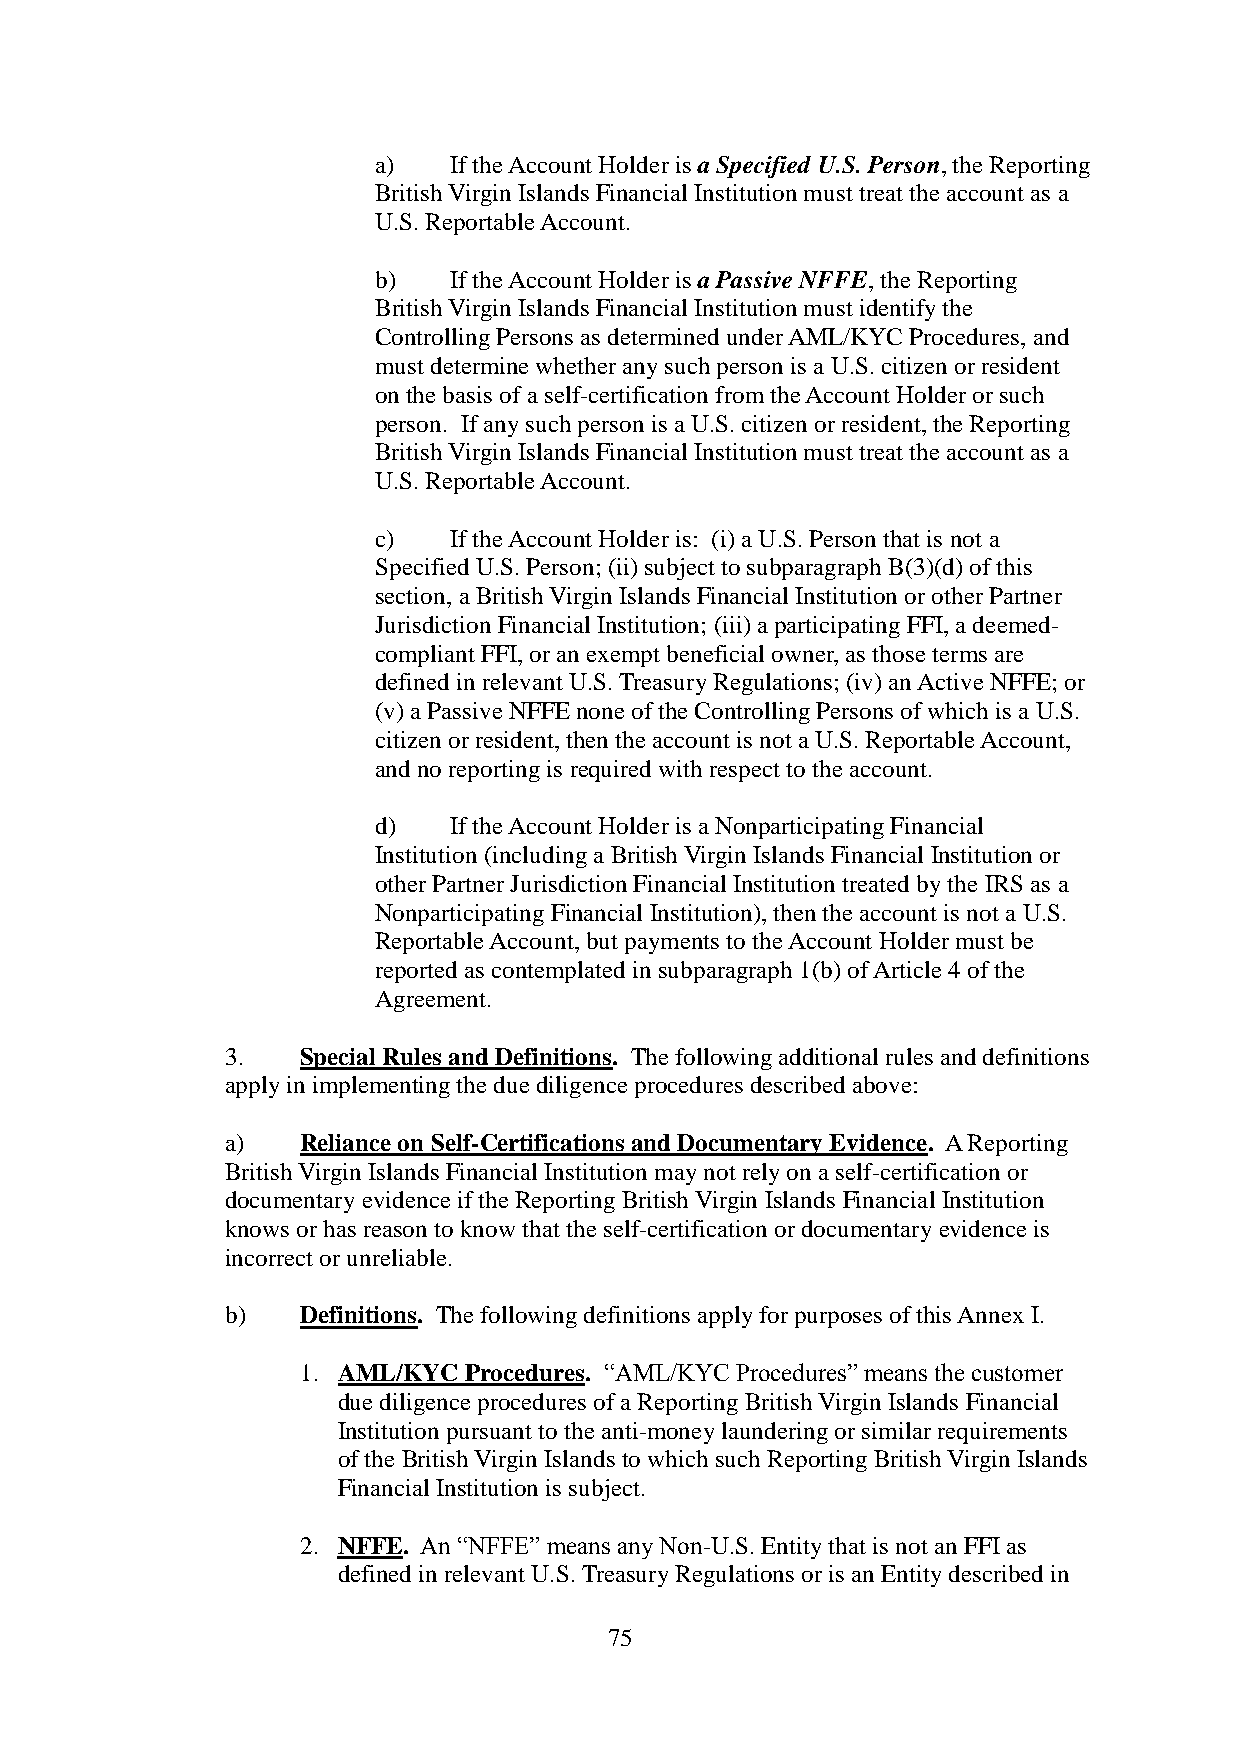
a)   If the Account Holder is a Specified U.S. Person, the Reporting
 British Virgin Islands Financial Institution must treat the account as a
 U.S. Reportable Account.
 b)   If the Account Holder is a Passive NFFE, the Reporting
 British Virgin Islands Financial Institution must identify the
 Controlling Persons as determined under AML/KYC Procedures, and
 must determine whether any such person is a U.S. citizen or resident
 on the basis of a self-certification from the Account Holder or such
 person. If any such person is a U.S. citizen or resident, the Reporting
 British Virgin Islands Financial Institution must treat the account as a
 U.S. Reportable Account.
 c)   If the Account Holder is: (i) a U.S. Person that is not a
 Specified U.S. Person; (ii) subject to subparagraph B(3)(d) of this
 section, a British Virgin Islands Financial Institution or other Partner
 Jurisdiction Financial Institution; (iii) a participating FFI, a deemed-
 compliant FFI, or an exempt beneficial owner, as those terms are
 defined in relevant U.S. Treasury Regulations; (iv) an Active NFFE; or
 (v) a Passive NFFE none of the Controlling Persons of which is a U.S.
 citizen or resident, then the account is not a U.S. Reportable Account,
 and no reporting is required with respect to the account.
 d)   If the Account Holder is a Nonparticipating Financial
 Institution (including a British Virgin Islands Financial Institution or
 other Partner Jurisdiction Financial Institution treated by the IRS as a
 Nonparticipating Financial Institution), then the account is not a U.S.
 Reportable Account, but payments to the Account Holder must be
 reported as contemplated in subparagraph 1(b) of Article 4 of the
 Agreement.
 3.   Special Rules and Definitions. The following additional rules and definitions
 apply in implementing the due diligence procedures described above:
 a)   Reliance on Self-Certifications and Documentary Evidence. A Reporting
 British Virgin Islands Financial Institution may not rely on a self-certification or
 documentary evidence if the Reporting British Virgin Islands Financial Institution
 knows or has reason to know that the self-certification or documentary evidence is
 incorrect or unreliable.
 b)   Definitions. The following definitions apply for purposes of this Annex I.
 1. AML/KYC Procedures. “AML/KYC Procedures” means the customer
 due diligence procedures of a Reporting British Virgin Islands Financial
 Institution pursuant to the anti-money laundering or similar requirements
 of the British Virgin Islands to which such Reporting British Virgin Islands
 Financial Institution is subject.
 2. NFFE. An “NFFE” means any Non-U.S. Entity that is not an FFI as
 defined in relevant U.S. Treasury Regulations or is an Entity described in
 75